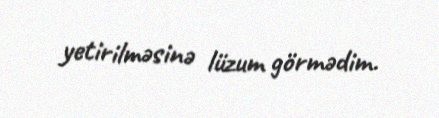
yetirilməsinə lüzum görmədim.